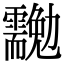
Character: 𠣉